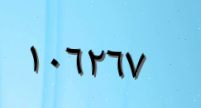
١٠٦٢٦٧